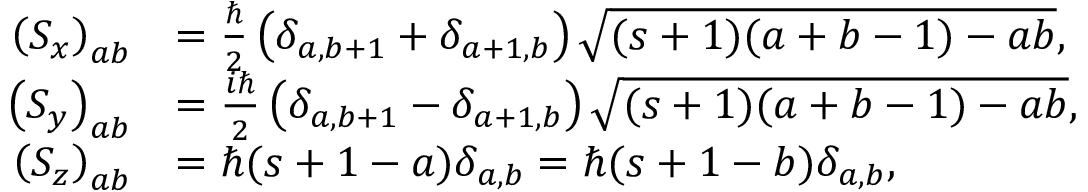
{ \begin{array} { r l } { \left( S _ { x } \right) _ { a b } } & { = { \frac { \hbar } { 2 } } \left( \delta _ { a , b + 1 } + \delta _ { a + 1 , b } \right) { \sqrt { ( s + 1 ) ( a + b - 1 ) - a b } } , } \\ { \left( S _ { y } \right) _ { a b } } & { = { \frac { i \hbar } { 2 } } \left( \delta _ { a , b + 1 } - \delta _ { a + 1 , b } \right) { \sqrt { ( s + 1 ) ( a + b - 1 ) - a b } } , } \\ { \left( S _ { z } \right) _ { a b } } & { = \hbar ( s + 1 - a ) \delta _ { a , b } = \hbar ( s + 1 - b ) \delta _ { a , b } , } \end{array} }